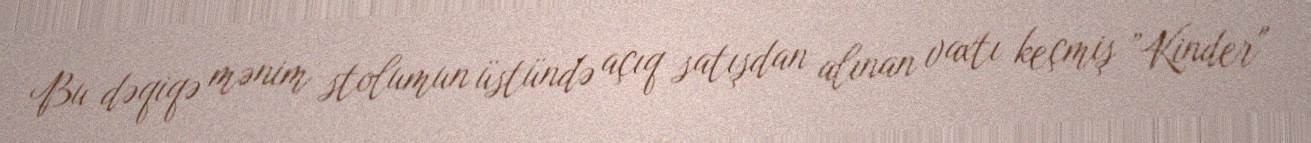
Bu dəqiqə mənim stolumun üstündə açıq satışdan alınan vaxtı keçmiş ”Kinder"